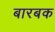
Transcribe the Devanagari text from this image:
बारबक